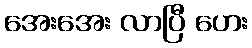
အေးအေး လာပြီ ဟေး